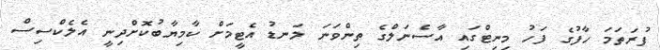
ފުރަތަމަ ހާފުގެ ފަހު މިނިޓްގައި އާސެނަލްގެ ތިންވަނަ ލަނޑު އެޓީމަށް ކާމިޔާބުކޮށްދިނީ އެލެކްސިސް